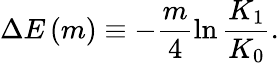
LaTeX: \Delta E\left(m\right)\equiv-\frac{m}{4}\ln\frac{K_{1}}{K_{0}}.